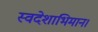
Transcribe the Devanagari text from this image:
स्वदेशाभिमान।